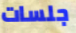
جلسات